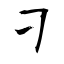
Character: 刁